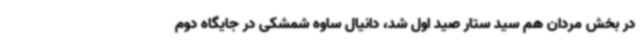
در بخش مردان هم سید ستار صید اول شد، دانیال ساوه شمشکی در جایگاه دوم